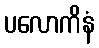
ပလောကိနံ